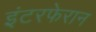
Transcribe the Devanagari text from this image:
इंटरफेरान